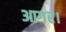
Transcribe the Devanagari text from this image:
आगर।